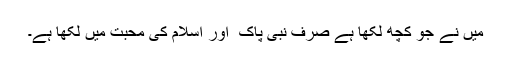
میں نے جو کچھ لکھا ہے صرف نبی پاک ۖ اور اسلام کی محبت میں لکھا ہے۔